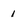
Character: 1